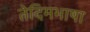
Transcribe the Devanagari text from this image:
तेदिमभाषा